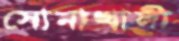
সোনাখালী